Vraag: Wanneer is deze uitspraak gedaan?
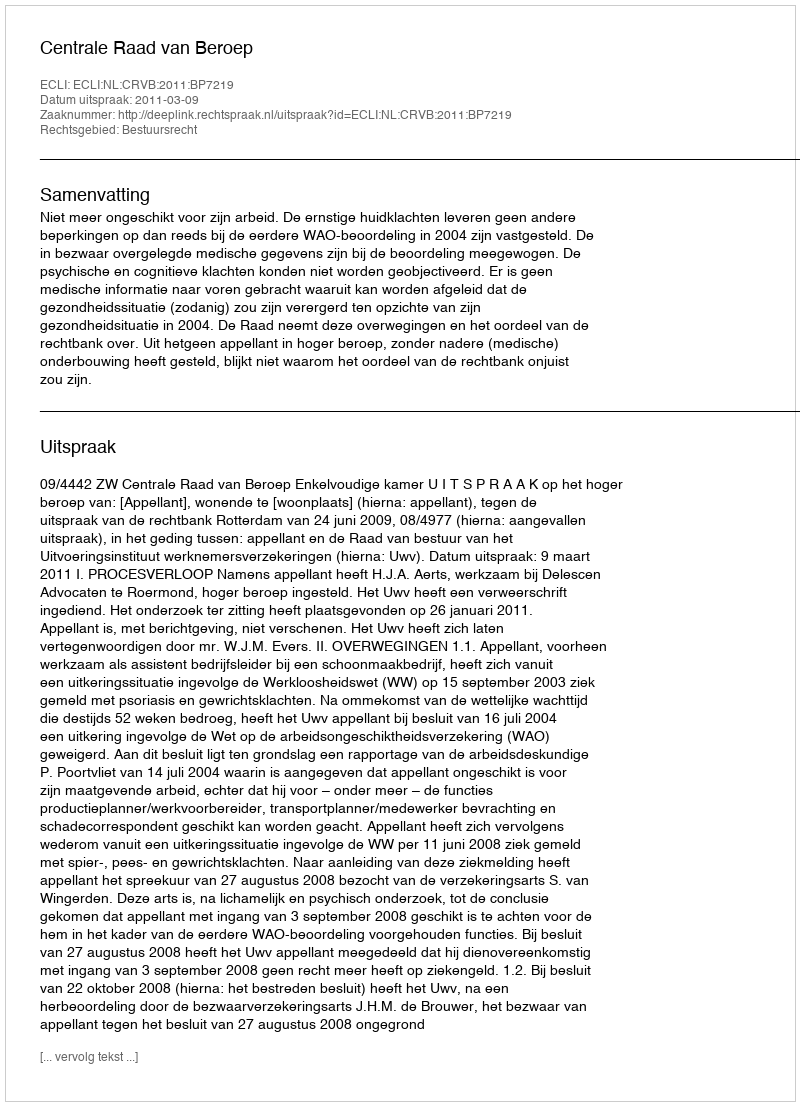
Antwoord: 2011-03-09